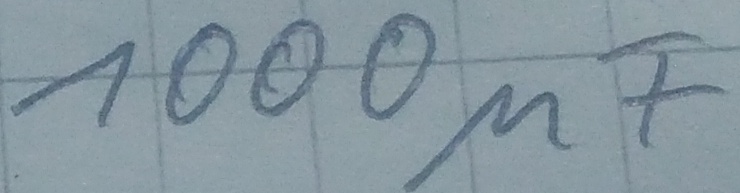
Text: 1000µF